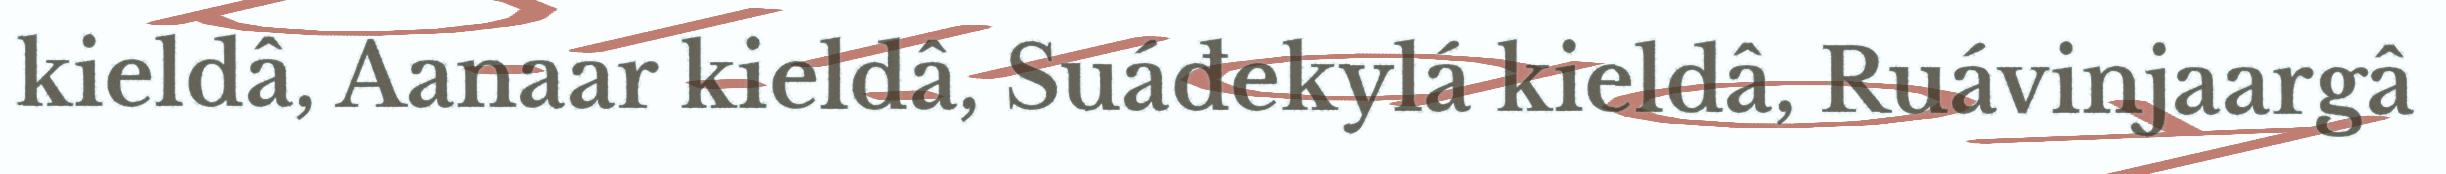
kieldâ, Aanaar kieldâ, Suáđekylá kieldâ, Ruávinjaargâ